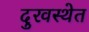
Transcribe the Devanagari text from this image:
दुरवस्थेत